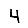
Digit: 4